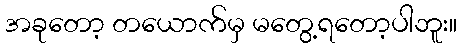
အခုတော့ တယောက်မှ မတွေ့ရတော့ပါဘူး။